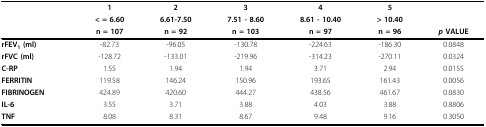
|  | 1 | 2 | 3 | 4 | 5 |  |
 |  | < = 6.60 | 6.61-7.50 | 7.51 - 8.60 | 8.61 - 10.40 | > 10.40 |  |
 |  | n = 107 | n = 92 | n = 103 | n = 97 | n = 96 | p VALUE |
 | --- | --- | --- | --- | --- | --- | --- |
 | rFEV1 (ml) | -82.73 | -96.05 | -130.78 | -224.63 | -186.30 | 0.0848 |
 | rFVC (ml) | -128.72 | -133.01 | -219.96 | -314.23 | -270.11 | 0.0324 |
 | C-RP | 1.55 | 1.94 | 1.94 | 3.71 | 2.94 | 0.0155 |
 | FERRITIN | 119.58 | 146.24 | 150.96 | 193.65 | 161.43 | 0.0056 |
 | FIBRINOGEN | 424.89 | 420.60 | 444.27 | 438.56 | 461.67 | 0.0830 |
 | IL-6 | 3.55 | 3.71 | 3.88 | 4.03 | 3.88 | 0.8806 |
 | TNF | 8.08 | 8.31 | 8.67 | 9.48 | 9.16 | 0.3050 |